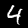
Digit: 4